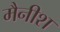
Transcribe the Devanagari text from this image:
मैनीश